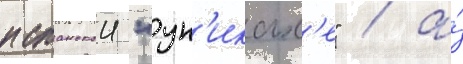
испанскои "ун'иках'е" / а́